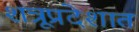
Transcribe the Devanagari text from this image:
शत्रूप्रदेशात